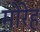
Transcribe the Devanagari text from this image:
मोरेह